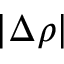
| \Delta \rho |